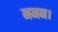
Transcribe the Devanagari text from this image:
नमन।